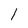
Character: I